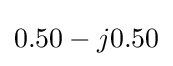
0.50-j0.50